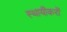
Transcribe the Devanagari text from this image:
स्थायीकरों